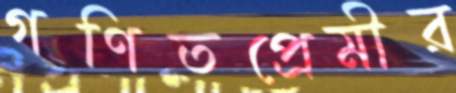
গণিতপ্রেমীর